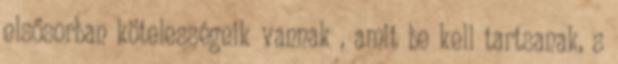
elsősorban kötelességeik vannak , amit be kell tartsanak, s